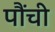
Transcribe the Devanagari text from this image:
पौंची